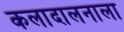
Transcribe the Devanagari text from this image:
कलादालनाला